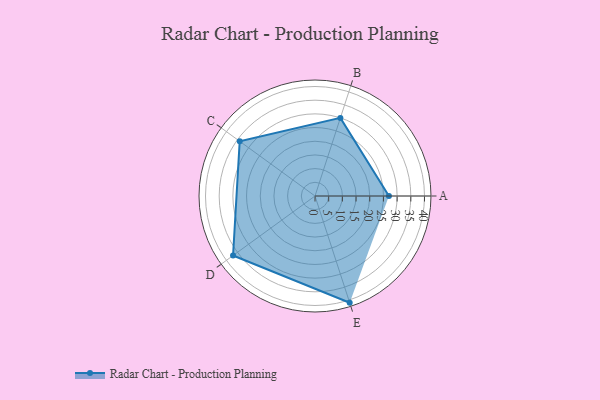
{"axis": {"x": "Skill", "y": "Score"}, "legend": ["Profile"], "data": [{"x": "A", "y": 27.0, "type": "Profile"}, {"x": "B", "y": 30.0, "type": "Profile"}, {"x": "C", "y": 34.0, "type": "Profile"}, {"x": "D", "y": 37.0, "type": "Profile"}, {"x": "E", "y": 41.0, "type": "Profile"}]}